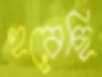
হরেছি